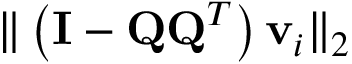
\| \left( \mathbf { I } - \mathbf { Q Q } ^ { T } \right) \mathbf { v } _ { i } \| _ { 2 }